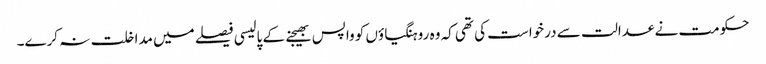
حکومت نے عدالت سے درخواست کی تھی کہ وہ روہنگیاؤں کو واپس بھیجنے کے پالیسی فیصلے میں مداخلت نہ کرے۔